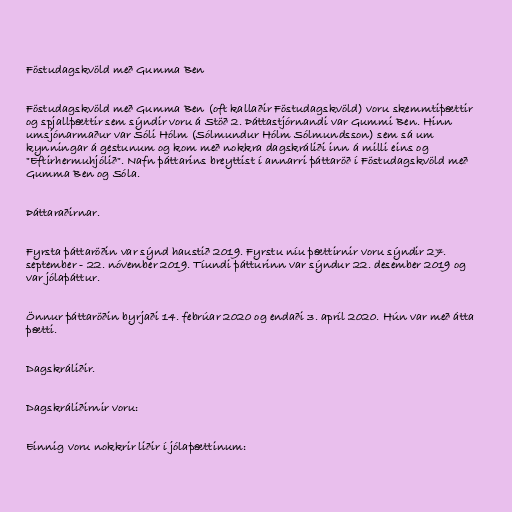
Föstudagskvöld með Gumma Ben

Föstudagskvöld með Gumma Ben (oft kallaðir Föstudagskvöld) voru skemmtiþættir
og spjallþættir sem sýndir voru á Stöð 2. Þáttastjórnandi var Gummi Ben. Hinn
umsjónarmaður var Sóli Hólm (Sólmundur Hólm Sólmundsson) sem sá um
kynningar á gestunum og kom með nokkra dagskráliði inn á milli eins og
"Eftirhermuhjólið". Nafn þáttarins breyttist í annarri þáttaröð í Föstudagskvöld með
Gumma Ben og Sóla.

Þáttaraðirnar.

Fyrsta þáttaröðin var sýnd haustið 2019. Fyrstu níu þættirnir voru sýndir 27.
september - 22. nóvember 2019. Tíundi þátturinn var sýndur 22. desember 2019 og
var jólaþáttur.

Önnur þáttaröðin byrjaði 14. febrúar 2020 og endaði 3. apríl 2020. Hún var með átta
þætti.

Dagskráliðir.

Dagskráliðirnir voru:

Einnig voru nokkrir liðir í jólaþættinum: